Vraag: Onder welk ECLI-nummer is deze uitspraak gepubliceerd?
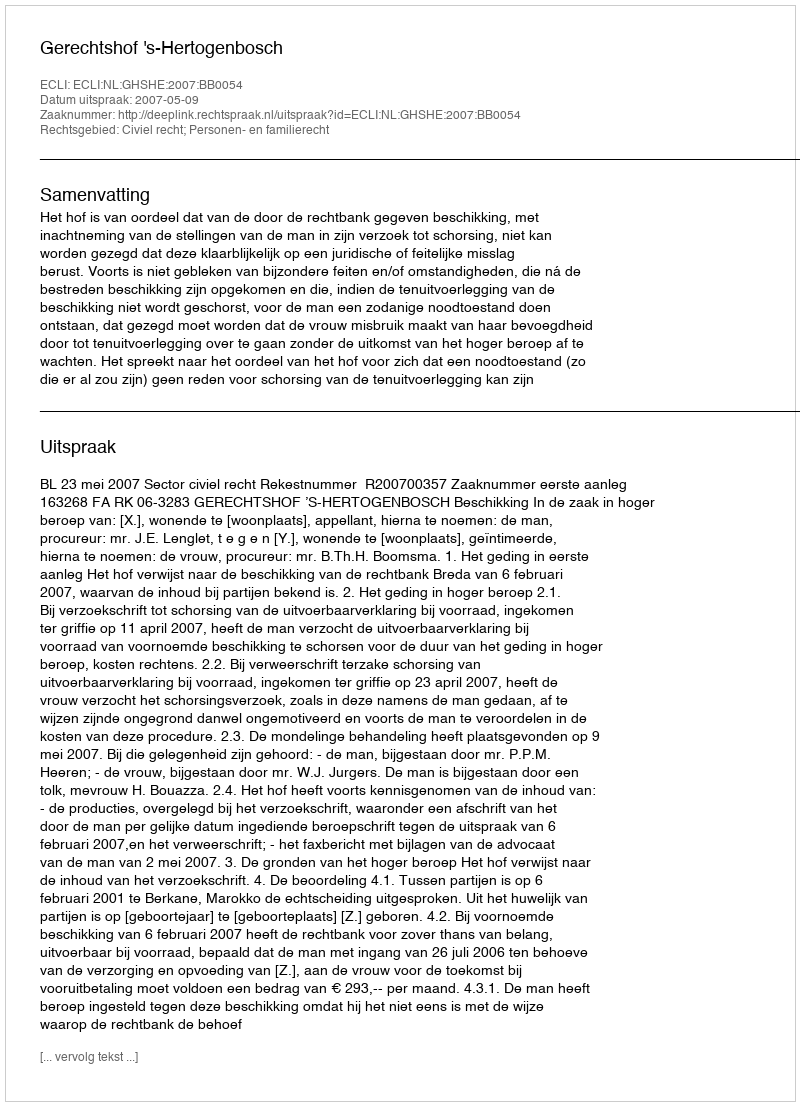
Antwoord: ECLI:NL:GHSHE:2007:BB0054